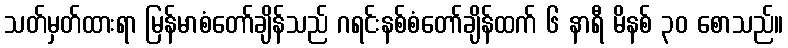
သတ်မှတ်ထားရာ မြန်မာစံတော်ချိန်သည် ဂရင်းနစ်စံတော်ချိန်ထက် ၆ နာရီ မိနစ် ၃၀ စောသည်။